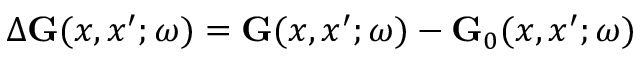
\Delta \ensuremath { \mathbf { G } } ( x , x ^ { \prime } ; \omega ) = \ensuremath { \mathbf { G } } ( x , x ^ { \prime } ; \omega ) - \ensuremath { \mathbf { G } } _ { 0 } ( x , x ^ { \prime } ; \omega )